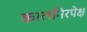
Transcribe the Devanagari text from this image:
कालनिरपेक्ष